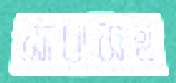
সাবাসহ